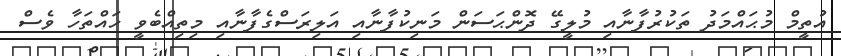
އުތީމް މުޙައްމަދު ތަކުރުފާނާއި މުލީގޭ ދޮންޙަސަން މަނިކުފާނާއި އަލިރަސްގެފާނާއި މިތިއްބެވީ ހައްތަހާ ވެސް